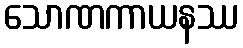
သောဏကာယနဿ